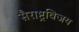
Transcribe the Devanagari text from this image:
सैराष्ट्रविजय